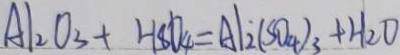
A 1 _ { 2 } O _ { 3 } + H S O _ { 4 } = A l _ { 2 } ( S O _ { 4 } ) _ { 3 } + H _ { 2 } O